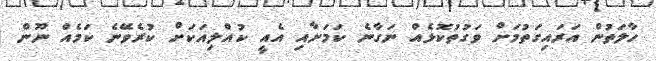
ހާލަތުން އަރައިގަތުމަށް ވަގުތުކޮޅެއް ނަގާނެ ކަމަށާއި އެއީ ކުއްލިއަކަށް ކުރެވޭނެ ކަމެއް ނޫން